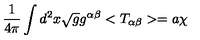
\frac { 1 } { 4 { \pi } } \int d ^ { 2 } x \sqrt { g } g ^ { \alpha \beta } < T _ { \alpha \beta } > = a { \chi }